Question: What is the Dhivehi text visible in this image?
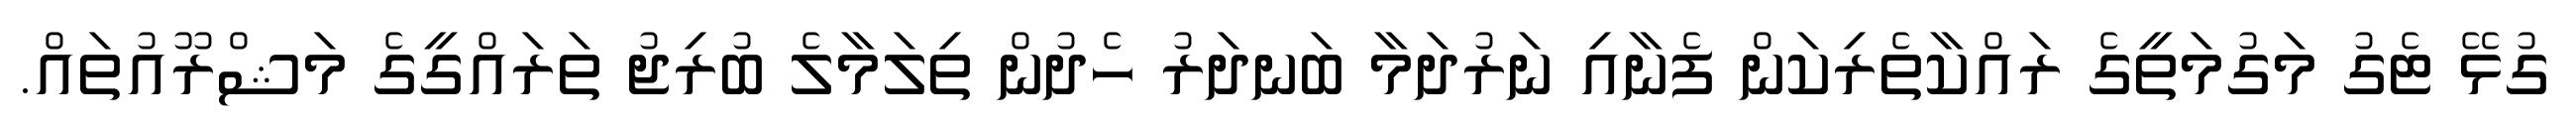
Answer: ގުޅޭ ޓެގު މަގުމަތީގެ ރައްކާތެރިކަން ފެނާއި ނަރުދަމާ ބަނދަރު ހެދުން ތިލަމާލެ ބުރިޖު ތަރައްގީގެ މަޝްރޫއުތައް.